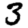
Digit: 3